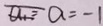
\overline { a _ { 1 } } = a = - 1